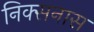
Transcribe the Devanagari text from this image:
निक्सनास